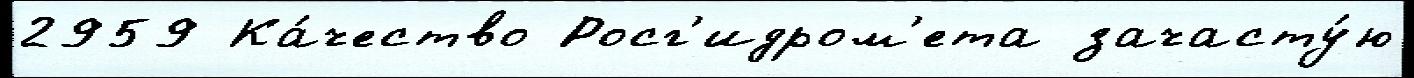
2959 Ка́чество Росг'идром'ета зачасту́ю